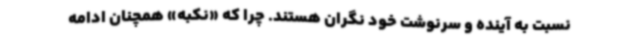
نسبت به آینده و سرنوشت خود نگران هستند. چرا که «نکبه» همچنان ادامه